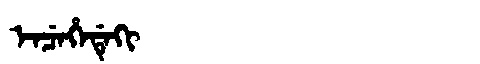
Manchu: ᡝᠨᠴᡝᡥᡝᡩᡝᡴᡳ
Romanization: ENCEHEDEKI